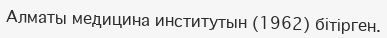
Алматы медицина институтын (1962) бітірген.